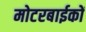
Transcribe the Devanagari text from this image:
मोटरबाईकों